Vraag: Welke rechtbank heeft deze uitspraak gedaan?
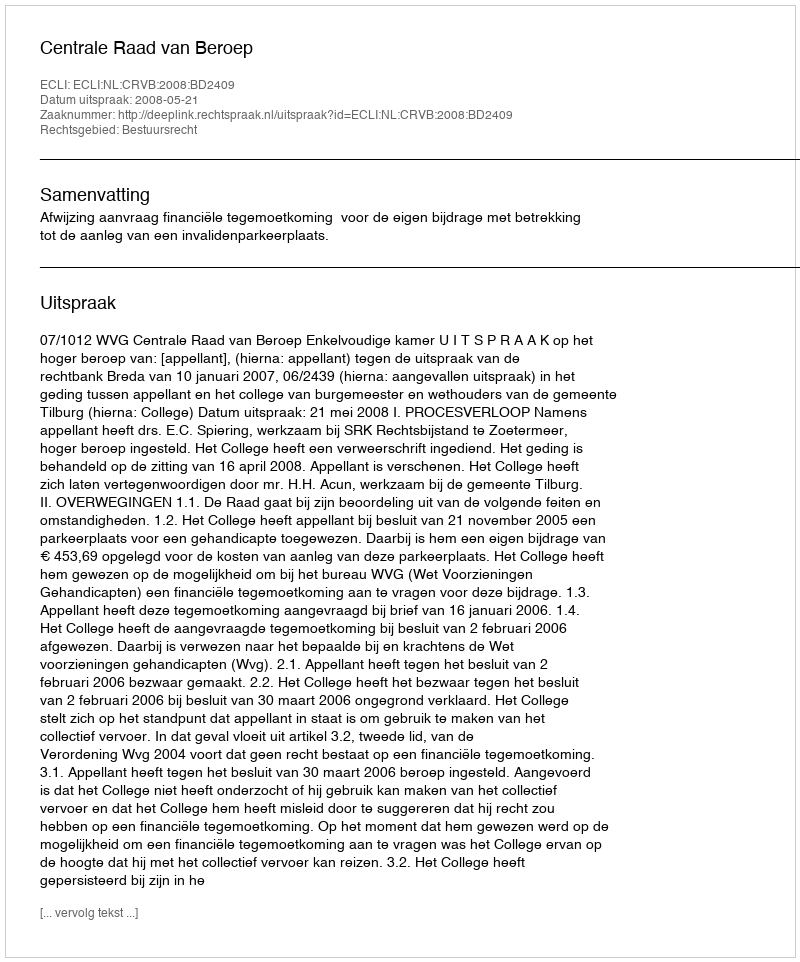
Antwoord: Centrale Raad van Beroep